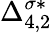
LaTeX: \Delta_{4,2}^{\sigma*}